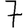
Digit: 7